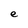
Character: e